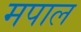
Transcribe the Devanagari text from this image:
मपाल